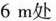
6m处